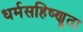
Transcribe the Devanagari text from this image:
धर्मसहिष्णूता